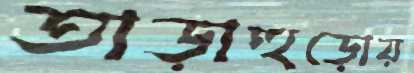
তাড়াহুড়োয়